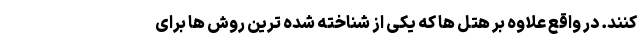
کنند. در واقع علاوه بر هتل ها که یکی از شناخته شده ترین روش ها برای